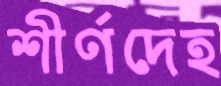
শীর্ণদেহ